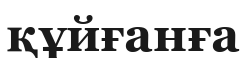
құйғанға